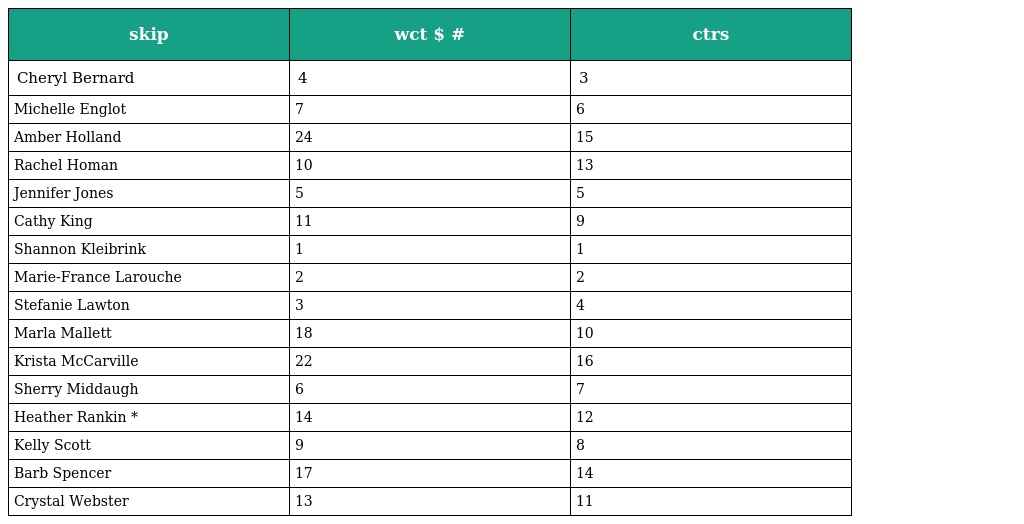
| skip | wct $ # | ctrs |
 | --- | --- | --- |
 | Cheryl Bernard | 4 | 3 |
 | Michelle Englot | 7 | 6 |
 | Amber Holland | 24 | 15 |
 | Rachel Homan | 10 | 13 |
 | Jennifer Jones | 5 | 5 |
 | Cathy King | 11 | 9 |
 | Shannon Kleibrink | 1 | 1 |
 | Marie-France Larouche | 2 | 2 |
 | Stefanie Lawton | 3 | 4 |
 | Marla Mallett | 18 | 10 |
 | Krista McCarville | 22 | 16 |
 | Sherry Middaugh | 6 | 7 |
 | Heather Rankin * | 14 | 12 |
 | Kelly Scott | 9 | 8 |
 | Barb Spencer | 17 | 14 |
 | Crystal Webster | 13 | 11 |